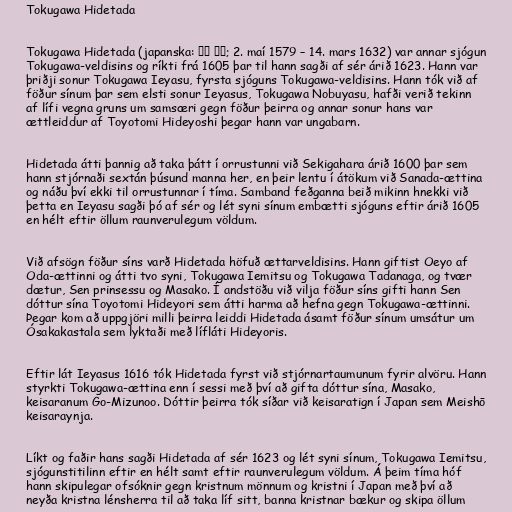
Tokugawa Hidetada

Tokugawa Hidetada (japanska: 徳川 秀忠; 2. maí 1579 – 14. mars 1632) var annar sjógun
Tokugawa-veldisins og ríkti frá 1605 þar til hann sagði af sér árið 1623. Hann var
þriðji sonur Tokugawa Ieyasu, fyrsta sjóguns Tokugawa-veldisins. Hann tók við af
föður sínum þar sem elsti sonur Ieyasus, Tokugawa Nobuyasu, hafði verið tekinn
af lífi vegna gruns um samsæri gegn föður þeirra og annar sonur hans var
ættleiddur af Toyotomi Hideyoshi þegar hann var ungabarn.

Hidetada átti þannig að taka þátt í orrustunni við Sekigahara árið 1600 þar sem
hann stjórnaði sextán þúsund manna her, en þeir lentu í átökum við Sanada-ættina
og náðu því ekki til orrustunnar í tíma. Samband feðganna beið mikinn hnekki við
þetta en Ieyasu sagði þó af sér og lét syni sínum embætti sjóguns eftir árið 1605
en hélt eftir öllum raunverulegum völdum.

Við afsögn föður síns varð Hidetada höfuð ættarveldisins. Hann giftist Oeyo af
Oda-ættinni og átti tvo syni, Tokugawa Iemitsu og Tokugawa Tadanaga, og tvær
dætur, Sen prinsessu og Masako. Í andstöðu við vilja föður síns gifti hann Sen
dóttur sína Toyotomi Hideyori sem átti harma að hefna gegn Tokugawa-ættinni.
Þegar kom að uppgjöri milli þeirra leiddi Hidetada ásamt föður sínum umsátur um
Ósakakastala sem lyktaði með lífláti Hideyoris.

Eftir lát Ieyasus 1616 tók Hidetada fyrst við stjórnartaumunum fyrir alvöru. Hann
styrkti Tokugawa-ættina enn í sessi með því að gifta dóttur sína, Masako,
keisaranum Go-Mizunoo. Dóttir þeirra tók síðar við keisaratign í Japan sem Meishō
keisaraynja.

Líkt og faðir hans sagði Hidetada af sér 1623 og lét syni sínum, Tokugawa Iemitsu,
sjógunstitilinn eftir en hélt samt eftir raunverulegum völdum. Á þeim tíma hóf
hann skipulegar ofsóknir gegn kristnum mönnum og kristni í Japan með því að
neyða kristna lénsherra til að taka líf sitt, banna kristnar bækur og skipa öllum